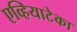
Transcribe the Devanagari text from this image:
एव्हियाटेका